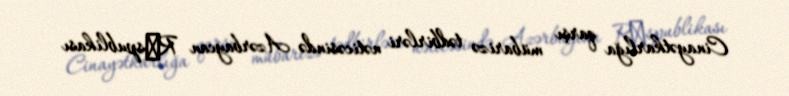
Cinayətkarlığa qarşı mübarizə tədbirləri nəticəsində Azərbaycan Rеspublikası